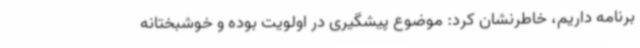
برنامه داریم، خاطرنشان کرد: موضوع پیشگیری در اولویت بوده و خوشبختانه